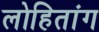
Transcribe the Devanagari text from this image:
लोहितांग